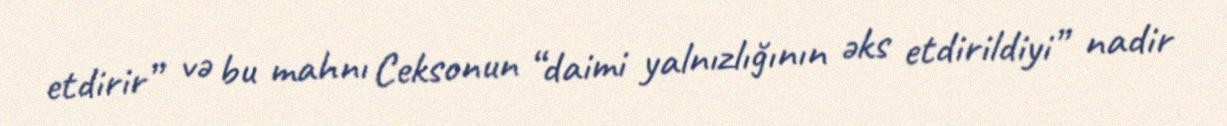
etdirir” və bu mahnı Ceksonun “daimi yalnızlığının əks etdirildiyi” nadir